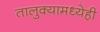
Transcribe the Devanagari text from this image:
तालुक्यामध्येही